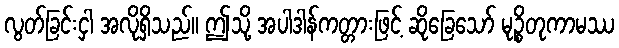
လွတ်ခြင်းငှါ အလိုရှိသည်။ ဤသို့ အပါဒါန်ကတ္တားဖြင့် ဆိုခြေသော် မုဉ္စိတုကာမဿ